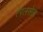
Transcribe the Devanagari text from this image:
रेपलसेल